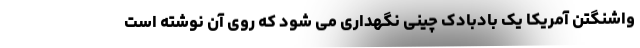
واشنگتن آمریکا یک بادبادک چینی نگهداری می شود که روی آن نوشته است